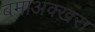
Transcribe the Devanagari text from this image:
बमाअक्खरा